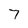
Character: 7